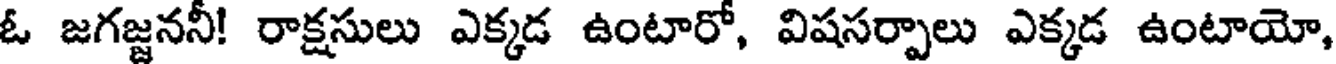
ఓ జగజ్జననీ! రాక్షసులు ఎక్కడ ఉంటారో, విషసర్పాలు ఎక్కడ ఉంటాయో,